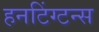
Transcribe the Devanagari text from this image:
हनटिंग्टन्स